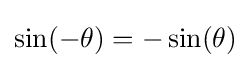
{\textstyle \sin(-\theta )=-\sin(\theta )}